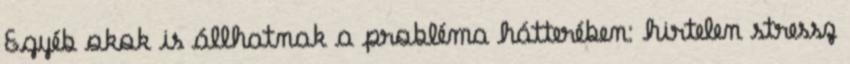
Egyéb okok is állhatnak a probléma hátterében: hirtelen stressz